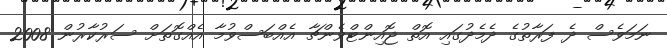
ނަމަވެސް ދެ ފަރާތުގެ ދެމެދުގައި އޮތް ޖޮއިންޓްވެންޗާ އެއްބަސްވުމާ އެއްގޮތަށް ސަރުކާރުން 2008